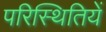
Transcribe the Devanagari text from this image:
परिस्थितियें